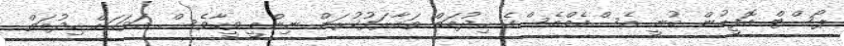
ޕޯސްޓް އޮފީހުން ބުނީ އެސްއެމްއެސްގެ ހިދުމަތް ތައާރަފުކުރަން ނިންމީ ވީހާވެސް އަވަހަށް ހިދުމަތް